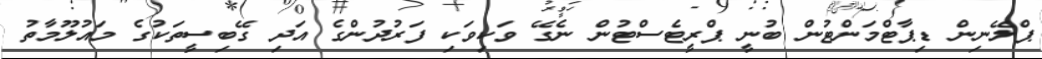
ޕްލޭނިން ޑިޕާޓްމަންޓުން ބުނީ ޕްރީޓެސްޓުން ނެގޭ ވަކިވަކި ފަރުދުންގެ އަދި ގޭބިސީތަކުގެ މައުލޫމާތު